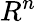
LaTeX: R^{n}